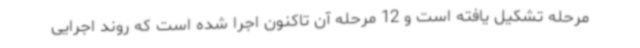
مرحله تشکیل یافته است و 12 مرحله آن تاکنون اجرا شده است که روند اجرایی